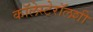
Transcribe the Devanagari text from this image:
कॉलेस्टेरॉलशी